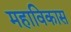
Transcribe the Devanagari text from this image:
महाविकास